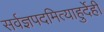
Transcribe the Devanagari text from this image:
सर्वज्ञपदमित्याहुर्देही